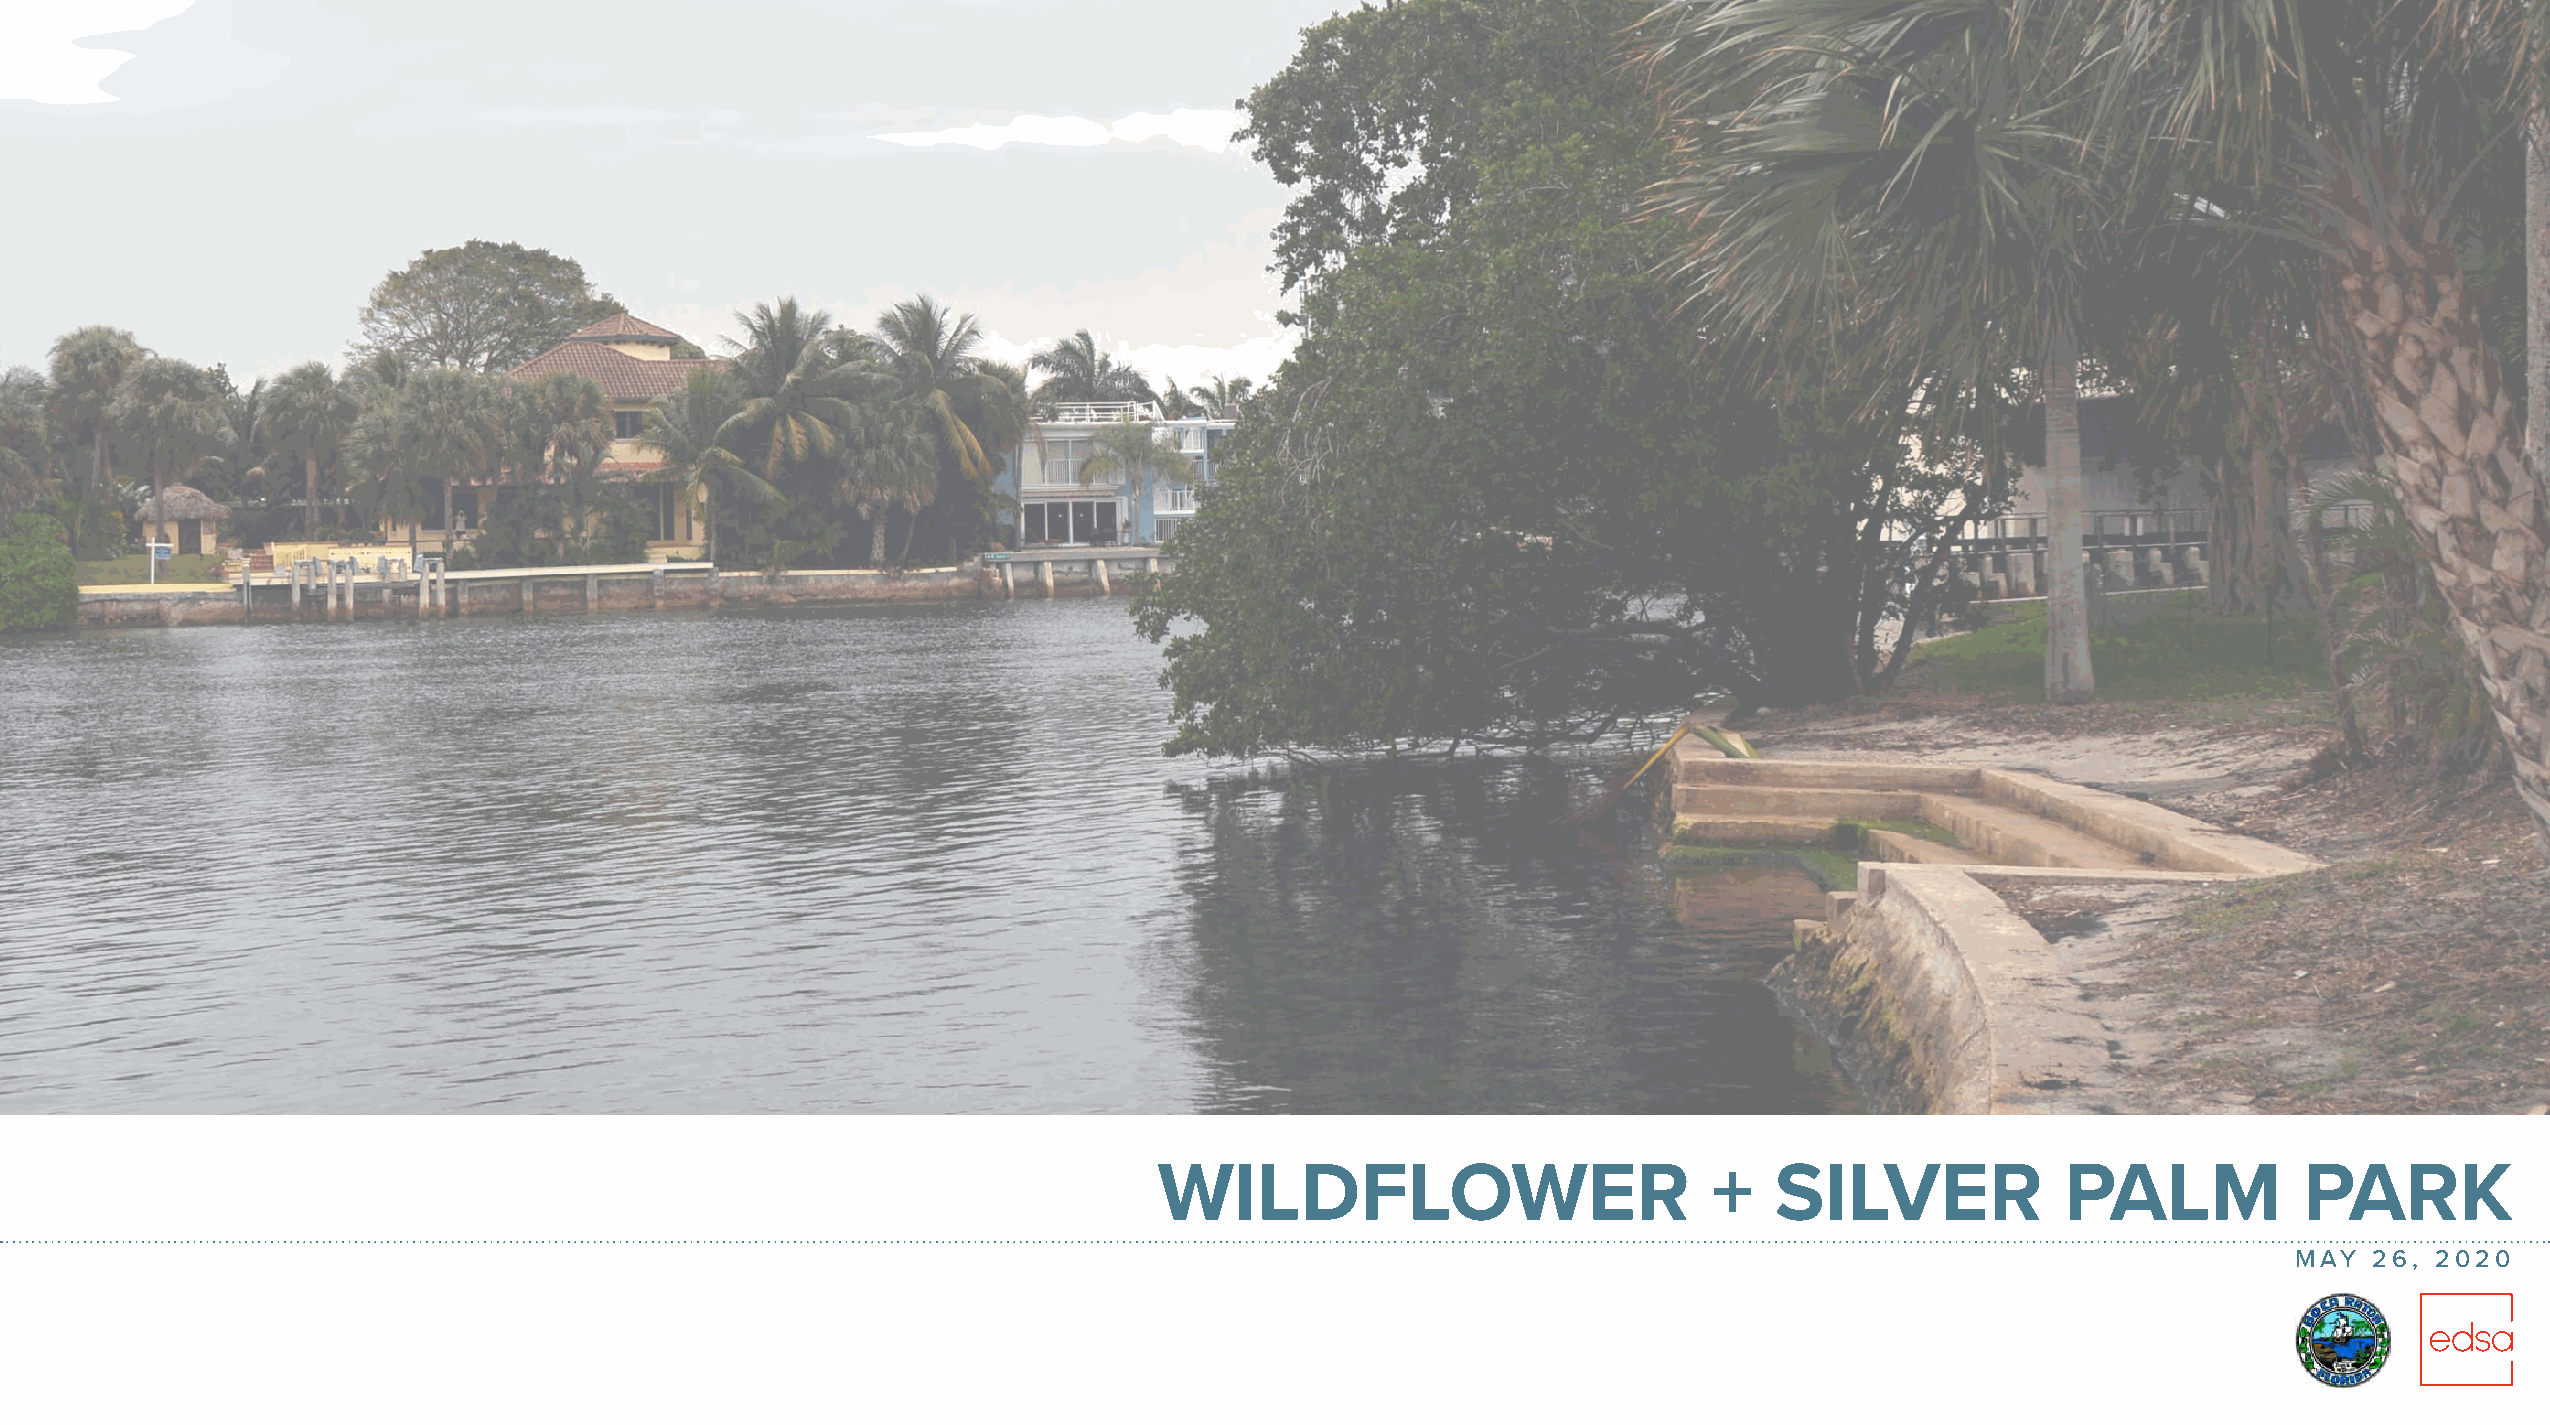
WILDFLOWER                          +   SILVER              PALM           PARK
 MAY  26, 2020